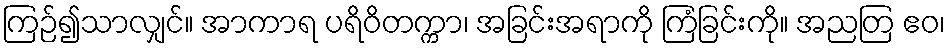
ကြဉ်၍သာလျှင်။ အာကာရ ပရိဝိတက္ကာ၊ အခြင်းအရာကို ကြံခြင်းကို။ အညတြ ဧဝ၊